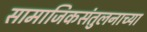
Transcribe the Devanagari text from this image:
सामाजिकसंतुलनाच्या